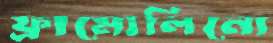
ফ্রামোলিনো